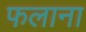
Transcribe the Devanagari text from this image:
फलाना